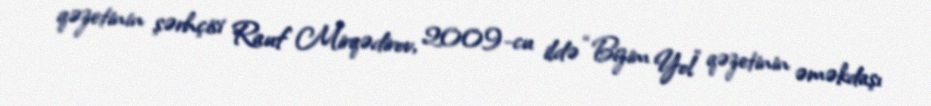
qəzetinin şərhçisi Rauf Mirqədirov, 2009-cu ildə “Bizim Yol” qəzetinin əməkdaşı